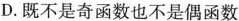
D.既不是奇函数也不是偶函数